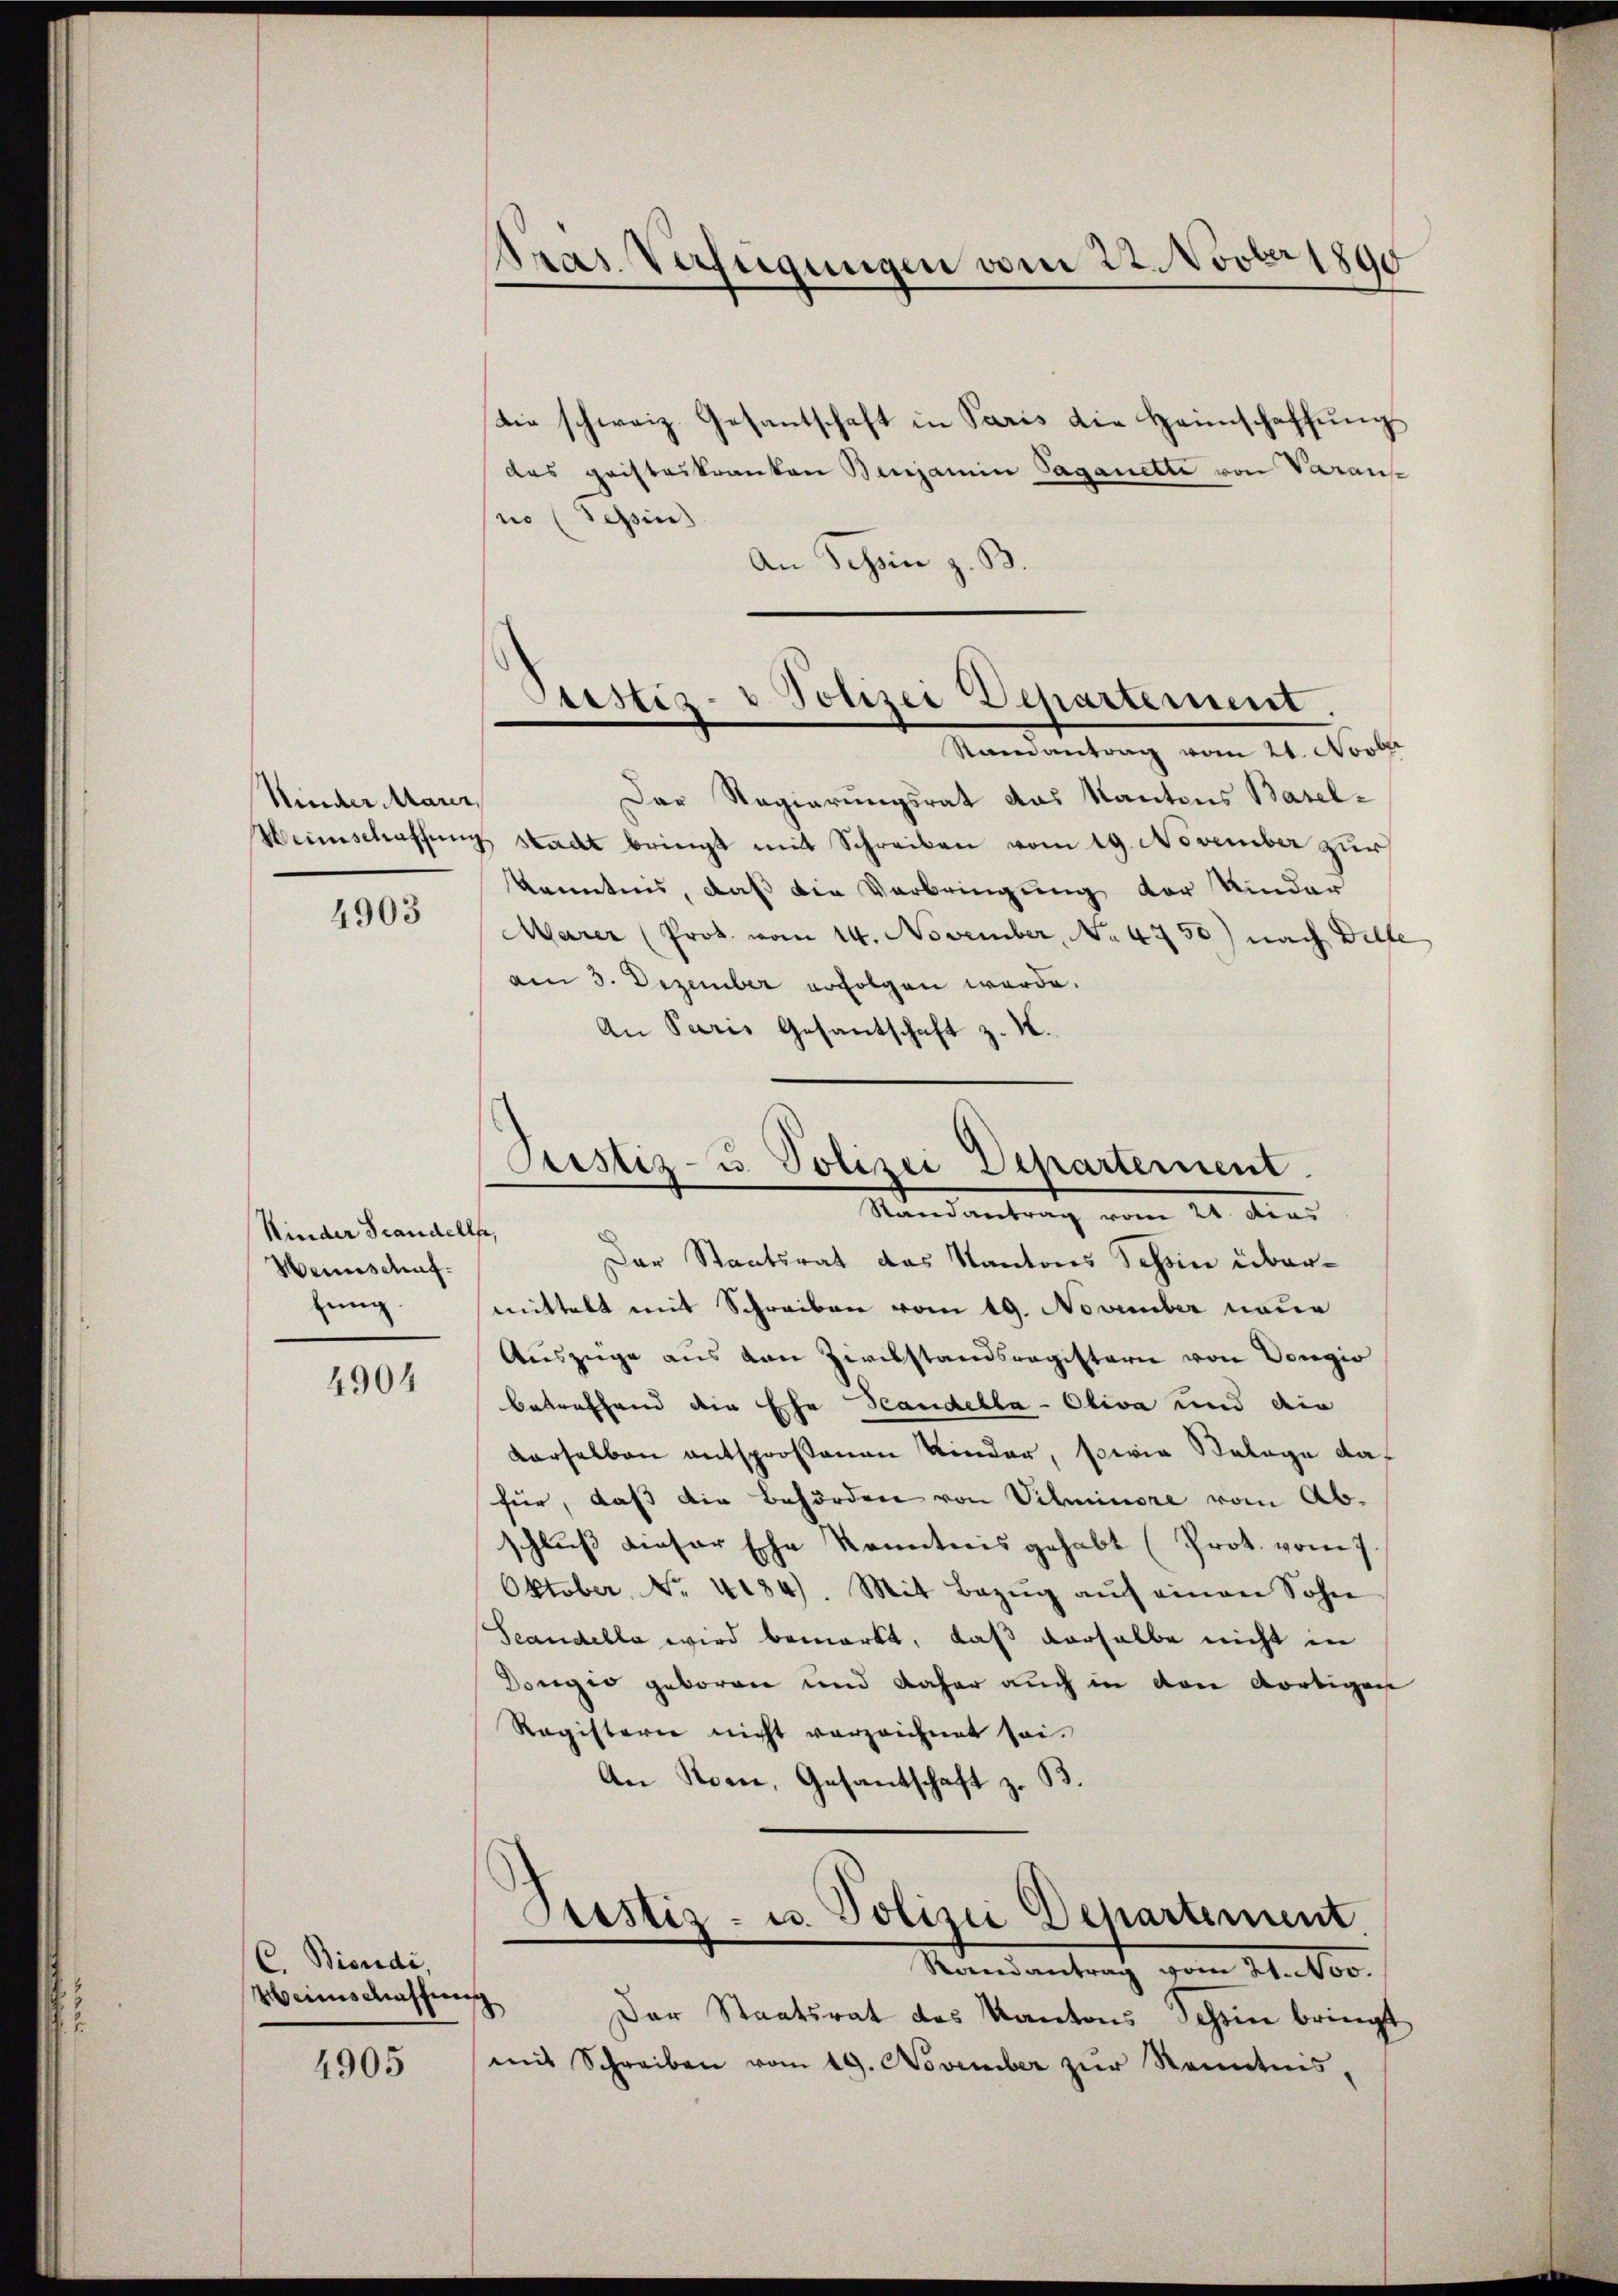
Kinder Marer,

4903

Kinder Grandell
Weinschaffung.

4904

C. Bisudi,
Weinschaffung

4905

Die schweiz. Gesantschaft in Paris die Heimschaffung
das pristeskranken Benjamin Saganette von Varaus
no (Tessin
An Schein z. B.

Kras Verfügungen vom 22. Novber 1890

Pristia- u Polizei Departement.
n
Staineantrag vom 21. Novbr

Pristiz- u. Polizei Departement.
Randantrag vom 21. dies

Der Regierungsrat das Kantons Basel-
Heimschaffung stadt bringt mit Schreiben vom 19. November zur
kenntnis, daß die Verbringung der Kinder
Marer (Prok. von 14. November, No 4750) nach Helfe
am 3. Dezember erfolgen werde.
An Paris Gesantschaft z. K.
,
Der Staatsrat das Kantons Schin übermittelt mit Schreiben vom 19. November neue
Auszüge aus von Zivilstandsregisterie von Vorgio
betreffend die Ehe Standella - Oliva und die
derselben entsprossenen Kinder, sowie Belage daf
für, daß die Behörden von Vilminore vom Abschluß dieser Ehe Kenntnis gehabt (Prot. vom 7.
Oktober, No. 4184). Mit Bezŭg aŭf einen Sohn
Scandella wird bemerkt, daß derselbe nicht in
Dougio geboren und daher auch in den dortigen
Registerie nicht vorzeichnet sei.
An Sonne, Gesantschaft z. B.

Der Staatsrat des Kantons Schön bringt
mit Schreiben vom 19. November zŭr Kenntnis,

Justiz- u. Polizei Departement.
Rocendantrag vom 21. Nov.